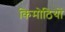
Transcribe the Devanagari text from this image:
किमोठियों